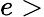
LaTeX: e>